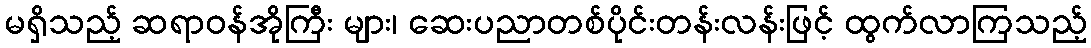
မရှိသည့် ဆရာဝန်အိုကြီး များ၊ ဆေးပညာတစ်ပိုင်းတန်းလန်းဖြင့် ထွက်လာကြသည့်